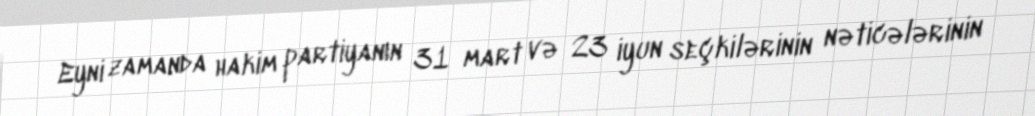
Eyni zamanda hakim partiyanın 31 mart və 23 iyun seçkilərinin nəticələrinin